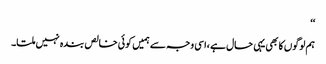
‘‘
ہم لوگوں کا بھی یہی حال ہے ،اسی وجہ سے ہمیں کوئی خالص بندہ نہیں ملتا۔